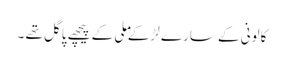
کالونی کے سارے لڑکے ملی کے پیچھے پاگل تھے ۔